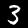
Label: 3